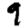
Digit: 9